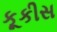
કૂકીસ